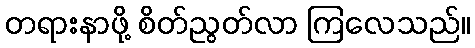
တရားနာဖို့ စိတ်ညွတ်လာ ကြလေသည်။